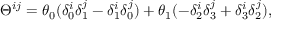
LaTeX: \Theta ^ { i j } = \theta _ { 0 } ( \delta _ { 0 } ^ { i } \delta _ { 1 } ^ { j } - \delta _ { 1 } ^ { i } \delta _ { 0 } ^ { j } ) + \theta _ { 1 } ( - \delta _ { 2 } ^ { i } \delta _ { 3 } ^ { j } + \delta _ { 3 } ^ { i } \delta _ { 2 } ^ { j } ) ,